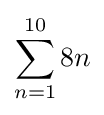
\sum _{n=1}^{10}8n